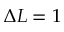
\Delta L = 1